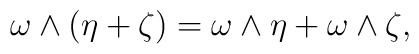
\omega \wedge (\eta +\zeta )=\omega \wedge \eta +\omega \wedge \zeta,